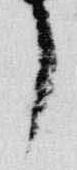
了